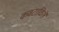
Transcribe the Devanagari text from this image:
कवटाळिलें